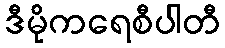
ဒီမိုကရေစီပါတီ